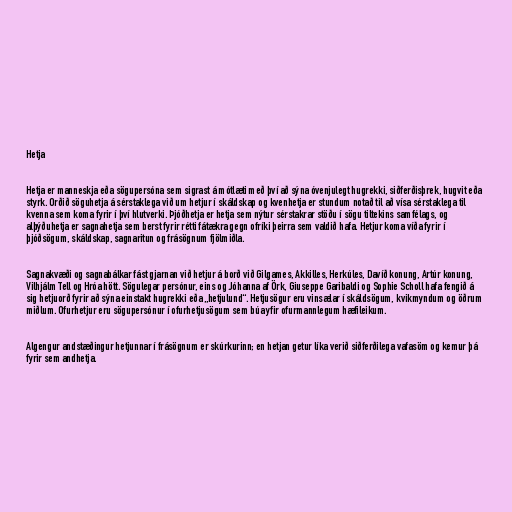
Hetja

Hetja er manneskja eða sögupersóna sem sigrast á mótlæti með því að sýna óvenjulegt hugrekki, siðferðisþrek, hugvit eða
styrk. Orðið söguhetja á sérstaklega við um hetjur í skáldskap og kvenhetja er stundum notað til að vísa sérstaklega til
kvenna sem koma fyrir í því hlutverki. Þjóðhetja er hetja sem nýtur sérstakrar stöðu í sögu tiltekins samfélags, og
alþýðuhetja er sagnahetja sem berst fyrir rétti fátækra gegn ofríki þeirra sem valdið hafa. Hetjur koma víða fyrir í
þjóðsögum, skáldskap, sagnaritun og frásögnum fjölmiðla.

Sagnakvæði og sagnabálkar fást gjarnan við hetjur á borð við Gilgames, Akkilles, Herkúles, Davíð konung, Artúr konung,
Vilhjálm Tell og Hróa hött. Sögulegar persónur, eins og Jóhanna af Örk, Giuseppe Garibaldi og Sophie Scholl hafa fengið á
sig hetjuorð fyrir að sýna einstakt hugrekki eða „hetjulund“. Hetjusögur eru vinsælar í skáldsögum, kvikmyndum og öðrum
miðlum. Ofurhetjur eru sögupersónur í ofurhetjusögum sem búa yfir ofurmannlegum hæfileikum.

Algengur andstæðingur hetjunnar í frásögnum er skúrkurinn; en hetjan getur líka verið siðferðilega vafasöm og kemur þá
fyrir sem andhetja.